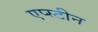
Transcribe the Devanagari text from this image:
एप्स्टीन